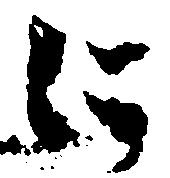
に